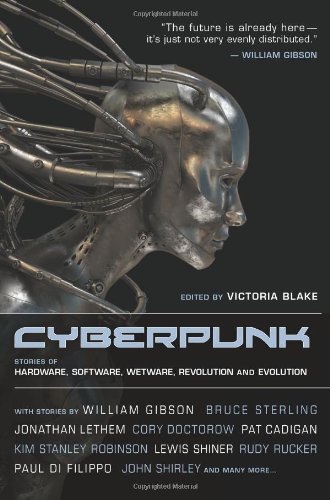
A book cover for Cyberpunk: Stories of Hardware, Software, Wetware, Evolution, and Revolution; Pat Cadigan; Science Fiction & Fantasy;